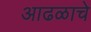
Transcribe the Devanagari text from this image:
आढळाचे